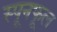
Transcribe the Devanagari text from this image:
स्पूनफूल